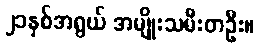
၂၁နှစ်အရွယ် အမျိုးသမီးတဦး။